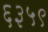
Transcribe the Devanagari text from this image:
६३५९